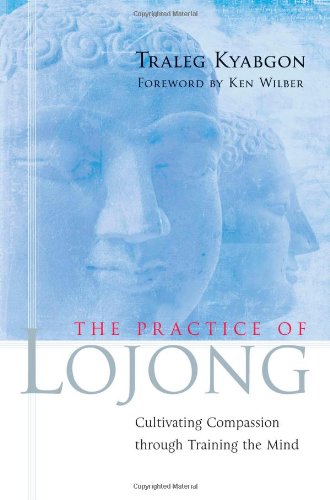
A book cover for The Practice of Lojong: Cultivating Compassion through Training the Mind; Traleg Kyabgon; Religion & Spirituality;